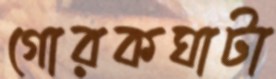
গোরকঘাটা